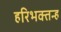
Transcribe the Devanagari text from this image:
हरिभक्तन्ह